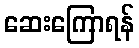
ဆေးကြောရန်